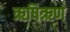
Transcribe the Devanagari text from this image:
ऋषिऋण